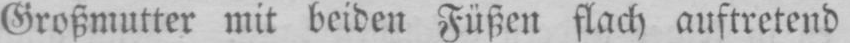
Großmutter mit beiden Füßen flach auftretend